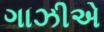
ગાઝીએ